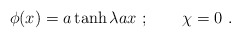
\begin{align*}\phi(x)=a\tanh \lambda ax~;\qquad\chi=0~.\end{align*}